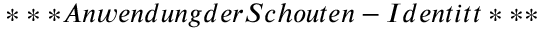
* * * A n w e n d u n g d e r S c h o u t e n - I d e n t i t ^ { } t * * *